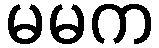
မမက